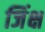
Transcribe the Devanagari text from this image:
जिंक्ष